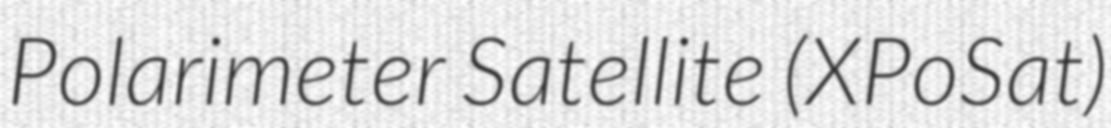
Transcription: Polarimeter Satellite (XPoSat)